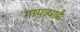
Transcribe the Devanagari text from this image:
गायत्र्याद्यैः